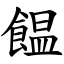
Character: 饂